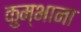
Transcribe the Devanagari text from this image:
कुम्भाना